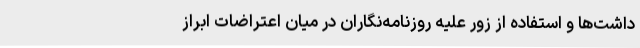
داشت‌ها و استفاده از زور علیه روزنامه‌نگاران در میان اعتراضات ابراز